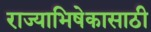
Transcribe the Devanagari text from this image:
राज्याभिषेकासाठी